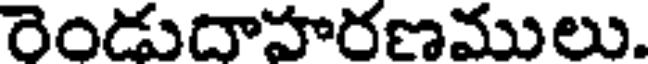
రెండుదాహరణములు.